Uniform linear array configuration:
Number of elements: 48
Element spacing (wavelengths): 0.5
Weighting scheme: exponential
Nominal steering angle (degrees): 45
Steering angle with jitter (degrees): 43.839
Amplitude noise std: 0.05
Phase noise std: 0.05

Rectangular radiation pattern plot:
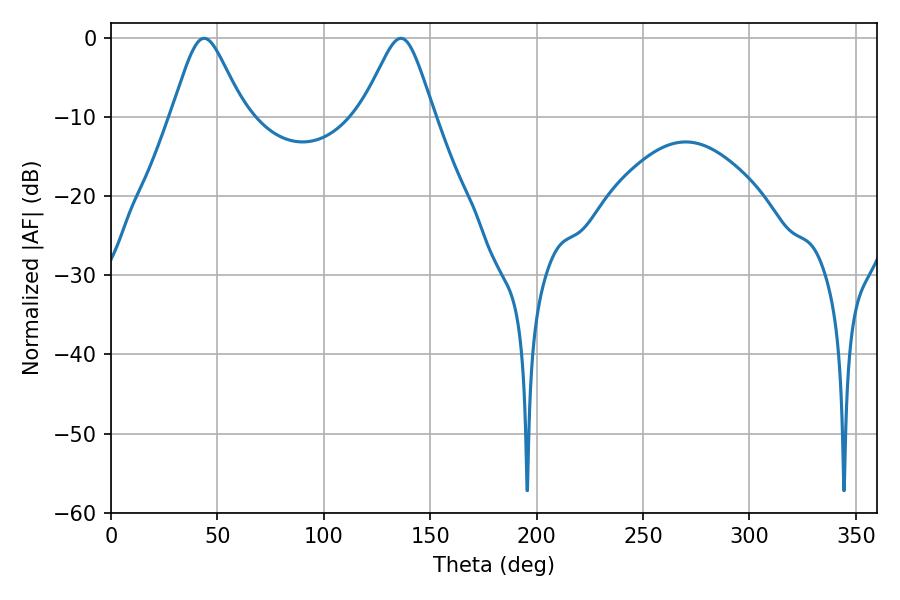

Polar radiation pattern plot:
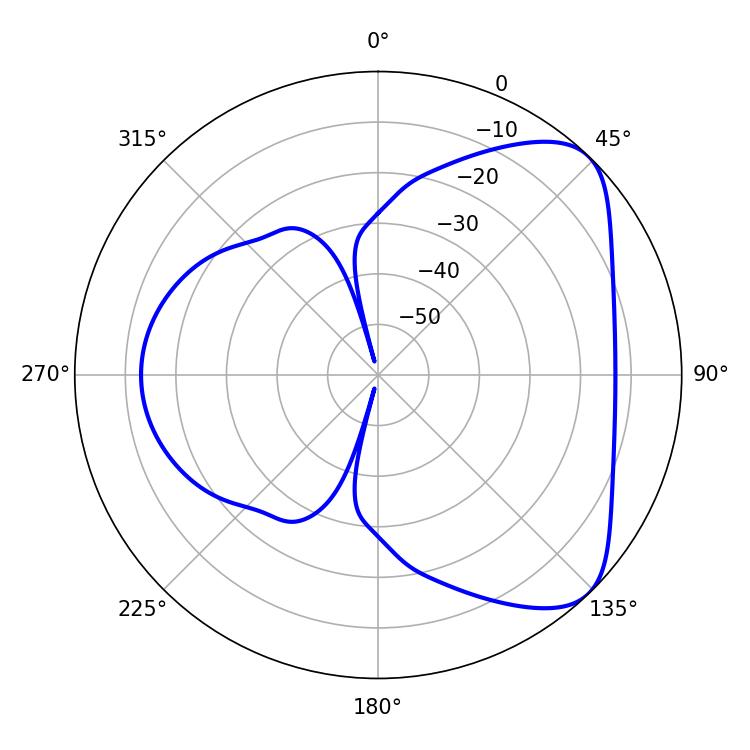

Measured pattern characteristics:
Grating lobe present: FALSE
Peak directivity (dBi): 6.164
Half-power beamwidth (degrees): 16.56
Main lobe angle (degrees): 43.74